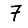
Digit: 7